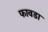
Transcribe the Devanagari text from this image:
फावडा